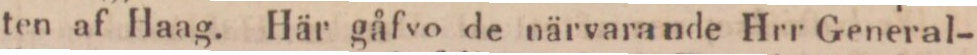
ten af Haag. Här gåfvo de närvarande Hrr General-